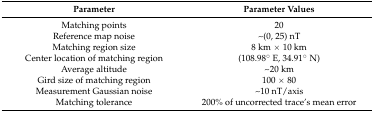
| Parameter | Parameter Values |
 | --- | --- |
 | Matching points | 20 |
 | Reference map noise | ~(0, 25) nT |
 | Matching region size | 8 km × 10 km |
 | Center location of matching region | (108.98° E, 34.91° N) |
 | Average altitude | ~20 km |
 | Gird size of matching region | 100 × 80 |
 | Measurement Gaussian noise | ~10 nT/axis |
 | Matching tolerance | 200% of uncorrected trace’s mean error |